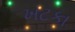
ખટકા